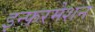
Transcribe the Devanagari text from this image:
इन्फरमेशन